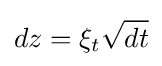
dz=\xi _{t}{\sqrt {dt}}